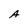
Character: A